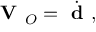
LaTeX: { \textbf { V } } _ { O } = { \dot { \textbf { d } } } ,